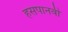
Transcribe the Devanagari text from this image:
हसपानवी